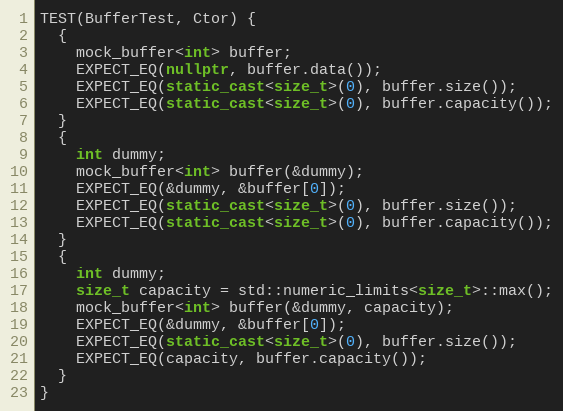
Language: C++
TEST(BufferTest, Ctor) {
  {
    mock_buffer<int> buffer;
    EXPECT_EQ(nullptr, buffer.data());
    EXPECT_EQ(static_cast<size_t>(0), buffer.size());
    EXPECT_EQ(static_cast<size_t>(0), buffer.capacity());
  }
  {
    int dummy;
    mock_buffer<int> buffer(&dummy);
    EXPECT_EQ(&dummy, &buffer[0]);
    EXPECT_EQ(static_cast<size_t>(0), buffer.size());
    EXPECT_EQ(static_cast<size_t>(0), buffer.capacity());
  }
  {
    int dummy;
    size_t capacity = std::numeric_limits<size_t>::max();
    mock_buffer<int> buffer(&dummy, capacity);
    EXPECT_EQ(&dummy, &buffer[0]);
    EXPECT_EQ(static_cast<size_t>(0), buffer.size());
    EXPECT_EQ(capacity, buffer.capacity());
  }
}